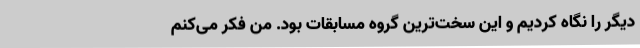
دیگر را نگاه‌ کردیم و این سخت‌ترین گروه مسابقات بود. من فکر می‌کنم